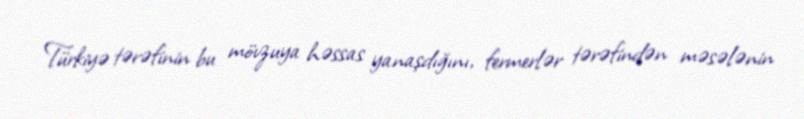
Türkiyə tərəfinin bu mövzuya həssas yanaşdığını, fermerlər tərəfindən məsələnin